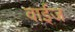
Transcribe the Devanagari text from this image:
वाईज